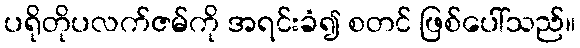
ပရိုတိုပလက်ဇမ်ကို အရင်းခံ၍ စတင် ဖြစ်ပေါ်သည်။